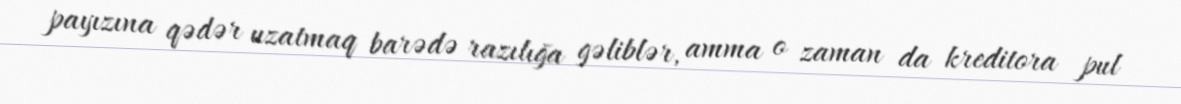
payızına qədər uzatmaq barədə razılığa gəliblər, amma o zaman da kreditora pul